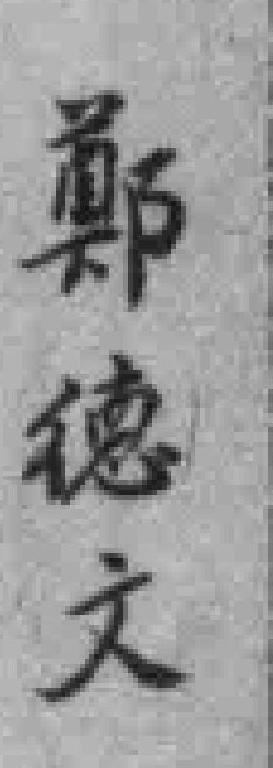
鄭德文